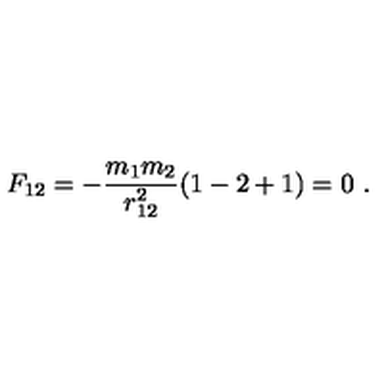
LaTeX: F _ { 1 2 } = - \frac { m _ { 1 } m _ { 2 } } { r _ { 1 2 } ^ { 2 } } ( 1 - 2 + 1 ) = 0 \ .